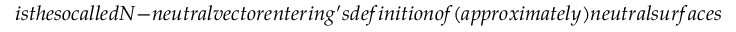
i s t h e s o c a l l e d N - n e u t r a l v e c t o r e n t e r i n g ^ { \prime } s d e f i n i t i o n o f ( a p p r o x i m a t e l y ) n e u t r a l s u r f a c e s ( A N S ) . N o w , i f w e u s e